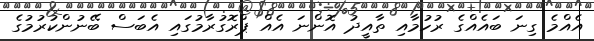
އެއްމެ ގިނަ ބައެއްގެ ރުހުމާއި ތާއީދު އޮންނަ އެއް ޕްރޮގުރާމުގައި އެބަސް ބޭނުންކުރުމުގެ